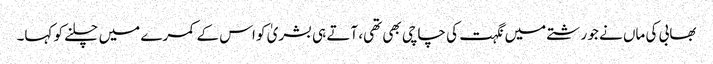
بھابی کی ماں نے جو رشتے میں نگہت کی چاچی بھی تھی، آتے ہی بشریٰ کو اس کے کمرے میں چلنے کو کہا۔